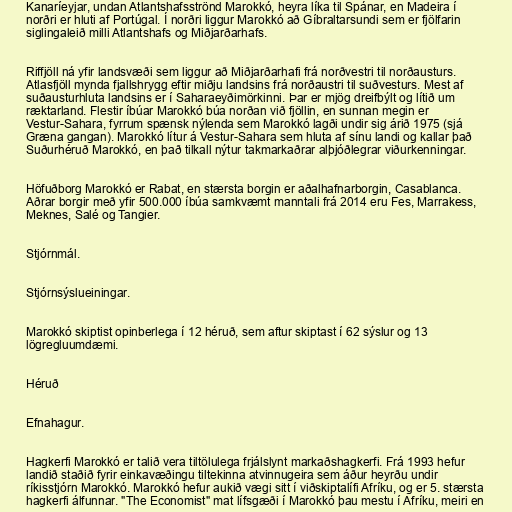
Kanaríeyjar, undan Atlantshafsströnd Marokkó, heyra líka til Spánar, en Madeira í
norðri er hluti af Portúgal. Í norðri liggur Marokkó að Gíbraltarsundi sem er fjölfarin
siglingaleið milli Atlantshafs og Miðjarðarhafs.

Riffjöll ná yfir landsvæði sem liggur að Miðjarðarhafi frá norðvestri til norðausturs.
Atlasfjöll mynda fjallshrygg eftir miðju landsins frá norðaustri til suðvesturs. Mest af
suðausturhluta landsins er í Saharaeyðimörkinni. Þar er mjög dreifbýlt og lítið um
ræktarland. Flestir íbúar Marokkó búa norðan við fjöllin, en sunnan megin er
Vestur-Sahara, fyrrum spænsk nýlenda sem Marokkó lagði undir sig árið 1975 (sjá
Græna gangan). Marokkó lítur á Vestur-Sahara sem hluta af sínu landi og kallar það
Suðurhéruð Marokkó, en það tilkall nýtur takmarkaðrar alþjóðlegrar viðurkenningar.

Höfuðborg Marokkó er Rabat, en stærsta borgin er aðalhafnarborgin, Casablanca.
Aðrar borgir með yfir 500.000 íbúa samkvæmt manntali frá 2014 eru Fes, Marrakess,
Meknes, Salé og Tangier.

Stjórnmál.

Stjórnsýslueiningar.

Marokkó skiptist opinberlega í 12 héruð, sem aftur skiptast í 62 sýslur og 13
lögregluumdæmi.

Héruð

Efnahagur.

Hagkerfi Marokkó er talið vera tiltölulega frjálslynt markaðshagkerfi. Frá 1993 hefur
landið staðið fyrir einkavæðingu tiltekinna atvinnugeira sem áður heyrðu undir
ríkisstjórn Marokkó. Marokkó hefur aukið vægi sitt í viðskiptalífi Afríku, og er 5. stærsta
hagkerfi álfunnar. "The Economist" mat lífsgæði í Marokkó þau mestu í Afríku, meiri en